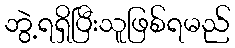
ဘွဲ့ရရှိပြီးသူဖြစ်ရမည်